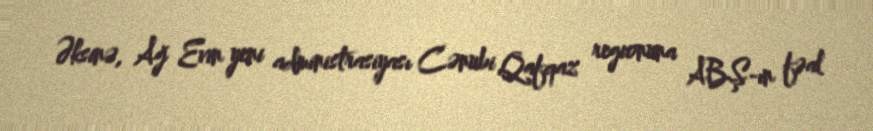
Əksinə, Ağ Evin yeni administrasiyası Cənubi Qafqaz regionuna ABŞ-ın fəal